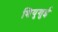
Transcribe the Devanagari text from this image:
शियुशुई